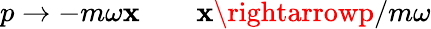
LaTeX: p\rightarrow-m\omega\mathbf{x}\qquad\mathbf{x}\rightarrowp/m\omega